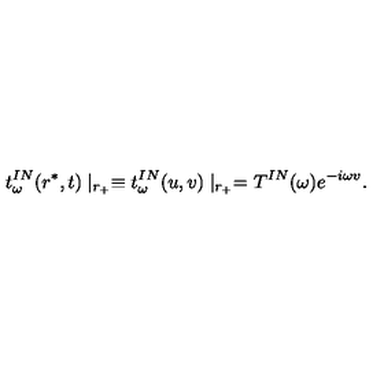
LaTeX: t _ { \omega } ^ { I N } ( r ^ { * } , t ) \mid _ { r _ { + } } \equiv t _ { \omega } ^ { I N } ( u , v ) \mid _ { r _ { + } } = T ^ { I N } ( \omega ) e ^ { - i \omega v } .